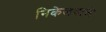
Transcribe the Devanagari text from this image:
निकेलवाले